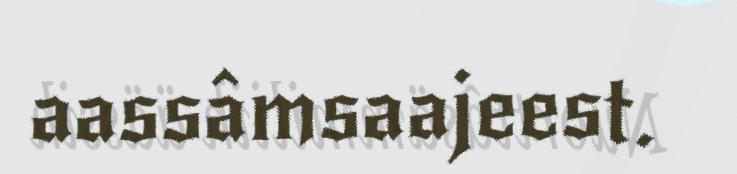
aassâmsaajeest.